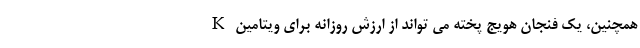
همچنین، یک فنجان هویج پخته می تواند از ارزش روزانه برای ویتامین K